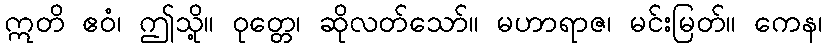
ဣတိ ဧဝံ၊ ဤသို့။ ဝုတ္တေ၊ ဆိုလတ်သော်။ မဟာရာဇ၊ မင်းမြတ်။ ကေန၊